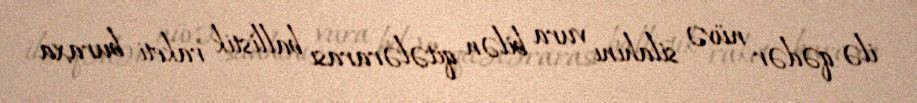
ilə qədər nüvə silahını vura bilən qitələrarası ballistik raketi buraxa